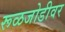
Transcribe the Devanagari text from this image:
रूळजोडीवर